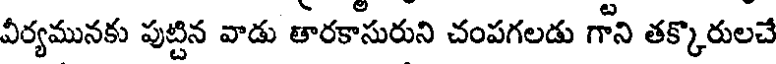
వీర్యమునకు పుట్టిన వాడు తారకాసురుని చంపగలడు గొని తక్కొరులచే